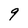
Character: 9